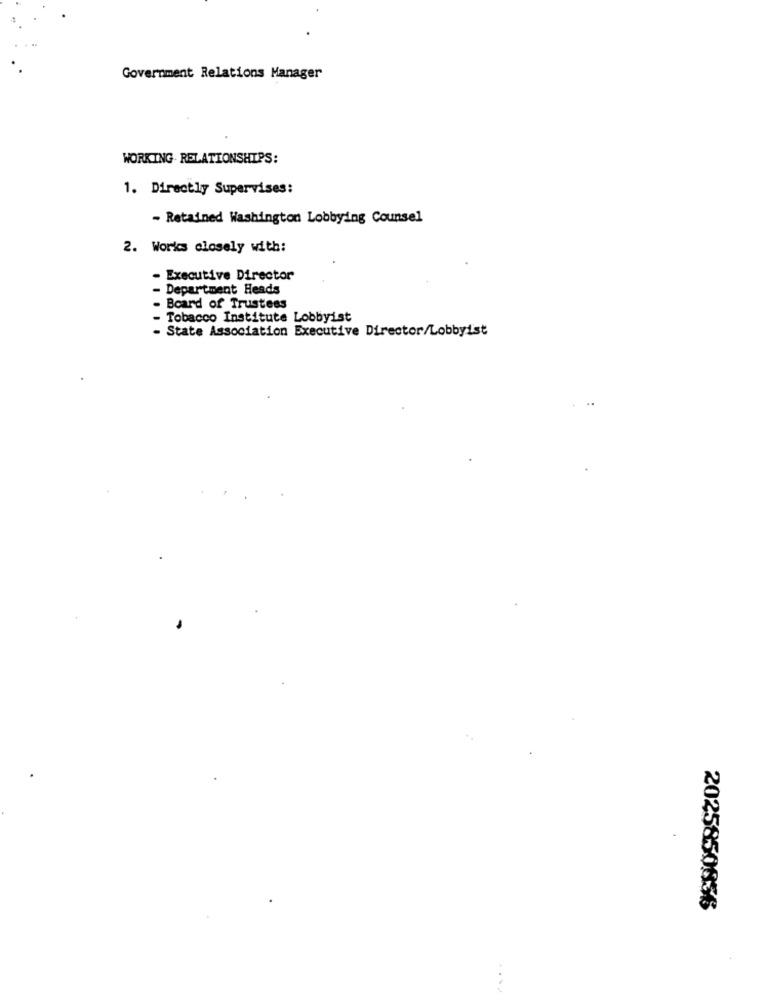
Government Relations Manager
WORKING RELATIONSHIPS:
1. Directly Supervises:
- Retained Washington Lobbying Counsel
2. Works closely with:
Executive Director
- Department Heads
Board of Trustees
Tobacco Institute Lobbyist
State Association Executive Director/Lobbyist
2025850836
....